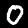
Label: 0